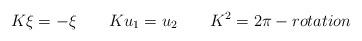
LaTeX: \begin{align*}K\xi =-\xi \qquad Ku_{1}=u_{2}\qquad K^{2}=2\pi -rotation \end{align*}